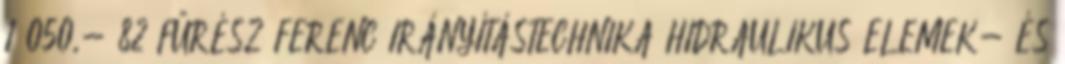
1 050,- 82 FŰRÉSZ FERENC IRÁNYÍTÁSTECHNIKA HIDRAULIKUS ELEMEK- ÉS